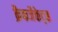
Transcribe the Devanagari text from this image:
क्रैकजैकेट्स